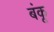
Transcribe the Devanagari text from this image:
बंकू